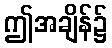
ဤအချိန်၌